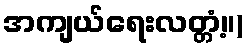
အကျယ်ရေးလတ္တံ့။)